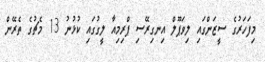
މިފަހަރުގެ ސީޒަންގައި ލިވަޕޫލް އިނގިރޭސި ޕްރިމިއާ ލީގުގައި ކުޅުނު 13 މެޗުގެ ތެރޭން